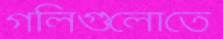
গলিগুলোতে